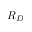
R _ { D }